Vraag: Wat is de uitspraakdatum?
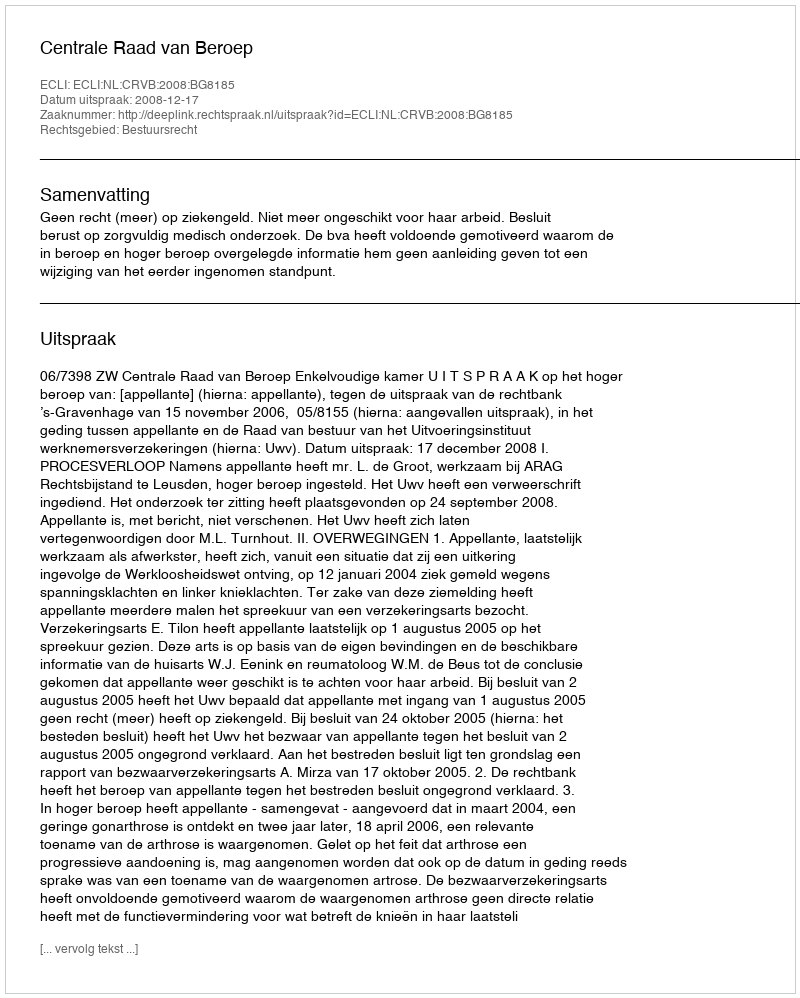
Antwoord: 2008-12-17